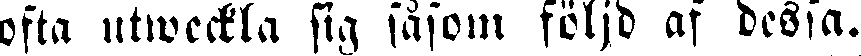
ofta utweckla sig såsom följd af dessa.